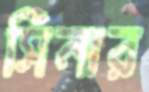
সিনার